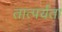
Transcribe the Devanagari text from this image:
तात्पर्यता